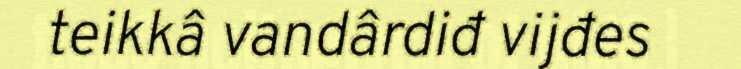
teikkâ vandârdiđ vijđes